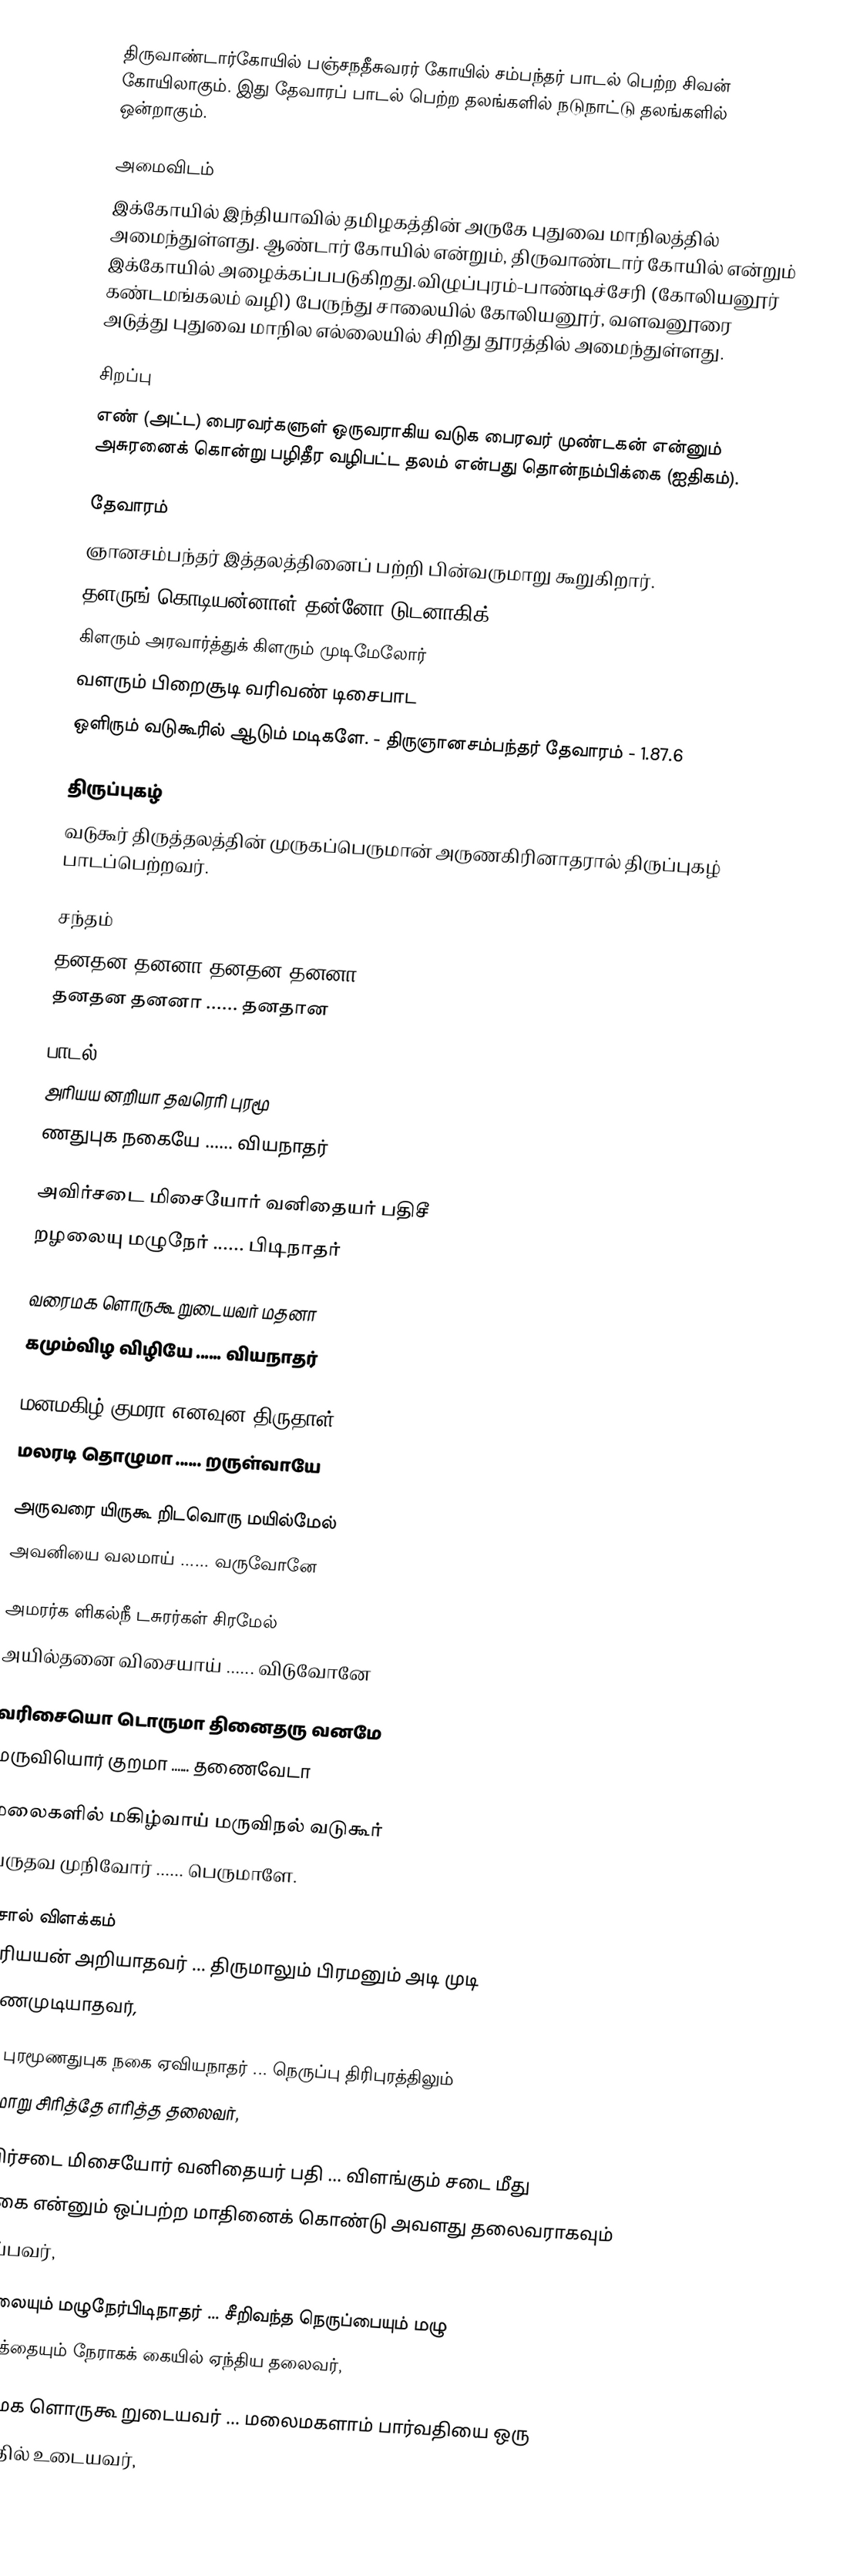
திருவாண்டார்கோயில் பஞ்சநதீசுவரர் கோயில் சம்பந்தர் பாடல் பெற்ற சிவன் கோயிலாகும். இது தேவாரப் பாடல் பெற்ற தலங்களில் நடுநாட்டு தலங்களில் ஒன்றாகும்.

அமைவிடம்
இக்கோயில் இந்தியாவில் தமிழகத்தின் அருகே புதுவை மாநிலத்தில் அமைந்துள்ளது. ஆண்டார் கோயில் என்றும், திருவாண்டார் கோயில் என்றும் இக்கோயில் அழைக்கப்பபடுகிறது.விழுப்புரம்-பாண்டிச்சேரி (கோலியனூர் கண்டமங்கலம் வழி) பேருந்து சாலையில் கோலியனூர், வளவனூரை அடுத்து புதுவை மாநில எல்லையில் சிறிது தூரத்தில் அமைந்துள்ளது.

சிறப்பு
எண் (அட்ட) பைரவர்களுள் ஒருவராகிய வடுக பைரவர் முண்டகன் என்னும் அசுரனைக் கொன்று பழிதீர வழிபட்ட தலம் என்பது தொன்நம்பிக்கை (ஐதிகம்).

தேவாரம்
ஞானசம்பந்தர் இத்தலத்தினைப் பற்றி பின்வருமாறு கூறுகிறார்.
தளருங் கொடியன்னாள் தன்னோ டுடனாகிக்
கிளரும் அரவார்த்துக் கிளரும் முடிமேலோர்
வளரும் பிறைசூடி வரிவண் டிசைபாட
ஒளிரும் வடுகூரில் ஆடும் மடிகளே.  - திருஞானசம்பந்தர் தேவாரம் - 1.87.6

திருப்புகழ்
வடுகூர் திருத்தலத்தின் முருகப்பெருமான் அருணகிரினாதரால் திருப்புகழ் பாடப்பெற்றவர்.

சந்தம்
தனதன தனனா தனதன தனனா
தனதன தனனா ...... தனதான

பாடல்
அரியய னறியா தவரெரி புரமூ
     ணதுபுக நகையே ...... வியநாதர்

அவிர்சடை மிசையோர் வனிதையர் பதிசீ
     றழலையு மழுநேர் ...... பிடிநாதர்

வரைமக ளொருகூ றுடையவர் மதனா
     கமும்விழ விழியே ...... வியநாதர்

மனமகிழ் குமரா எனவுன திருதாள்
     மலரடி தொழுமா ...... றருள்வாயே

அருவரை யிருகூ றிடவொரு மயில்மேல்
     அவனியை வலமாய் ...... வருவோனே

அமரர்க ளிகல்நீ டசுரர்கள் சிரமேல்
     அயில்தனை விசையாய் ...... விடுவோனே

வரிசையொ டொருமா தினைதரு வனமே
     மருவியொர் குறமா ...... தணைவேடா

மலைகளில் மகிழ்வாய் மருவிநல் வடுகூர்
     வருதவ முநிவோர் ...... பெருமாளே.

சொல் விளக்கம்
அரியயன் அறியாதவர் ... திருமாலும் பிரமனும் அடி முடி
காணமுடியாதவர்,

எரி புரமூணதுபுக நகை ஏவியநாதர் ... நெருப்பு திரிபுரத்திலும்
புகுமாறு சிரித்தே எரித்த தலைவர்,

அவிர்சடை மிசையோர் வனிதையர் பதி ... விளங்கும் சடை மீது
கங்கை என்னும் ஒப்பற்ற மாதினைக் கொண்டு அவளது தலைவராகவும்
இருப்பவர்,

சீறழலையும் மழுநேர்பிடிநாதர் ... சீறிவந்த நெருப்பையும் மழு
ஆயுதத்தையும் நேராகக் கையில் ஏந்திய தலைவர்,

வரைமக ளொருகூ றுடையவர் ... மலைமகளாம் பார்வதியை ஒரு
பாகத்தில் உடையவர்,